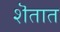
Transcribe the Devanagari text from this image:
शॆतात